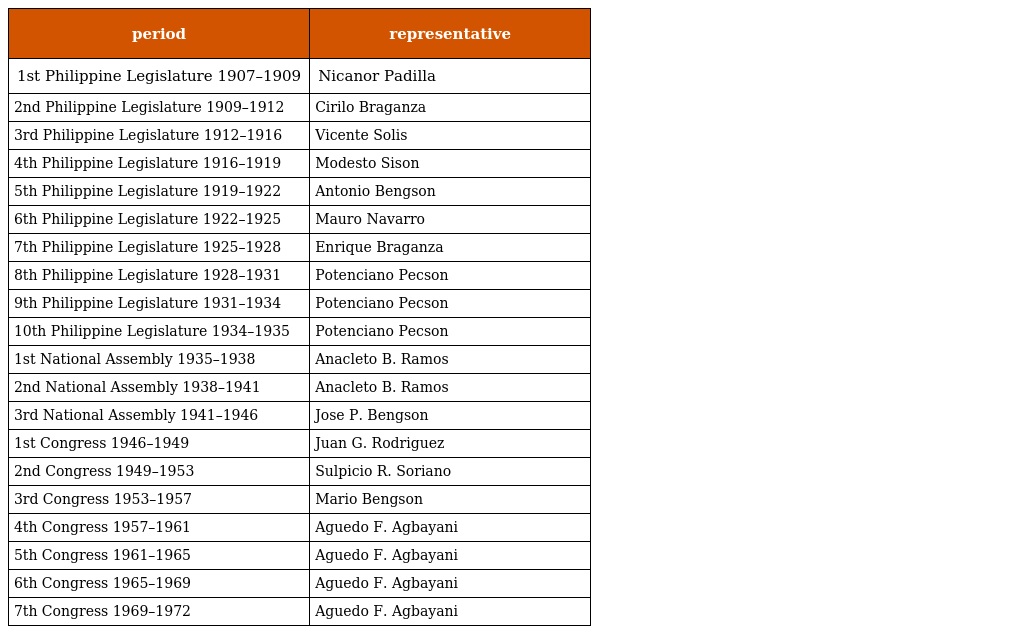
| period | representative |
 | --- | --- |
 | 1st Philippine Legislature 1907–1909 | Nicanor Padilla |
 | 2nd Philippine Legislature 1909–1912 | Cirilo Braganza |
 | 3rd Philippine Legislature 1912–1916 | Vicente Solis |
 | 4th Philippine Legislature 1916–1919 | Modesto Sison |
 | 5th Philippine Legislature 1919–1922 | Antonio Bengson |
 | 6th Philippine Legislature 1922–1925 | Mauro Navarro |
 | 7th Philippine Legislature 1925–1928 | Enrique Braganza |
 | 8th Philippine Legislature 1928–1931 | Potenciano Pecson |
 | 9th Philippine Legislature 1931–1934 | Potenciano Pecson |
 | 10th Philippine Legislature 1934–1935 | Potenciano Pecson |
 | 1st National Assembly 1935–1938 | Anacleto B. Ramos |
 | 2nd National Assembly 1938–1941 | Anacleto B. Ramos |
 | 3rd National Assembly 1941–1946 | Jose P. Bengson |
 | 1st Congress 1946–1949 | Juan G. Rodriguez |
 | 2nd Congress 1949–1953 | Sulpicio R. Soriano |
 | 3rd Congress 1953–1957 | Mario Bengson |
 | 4th Congress 1957–1961 | Aguedo F. Agbayani |
 | 5th Congress 1961–1965 | Aguedo F. Agbayani |
 | 6th Congress 1965–1969 | Aguedo F. Agbayani |
 | 7th Congress 1969–1972 | Aguedo F. Agbayani |